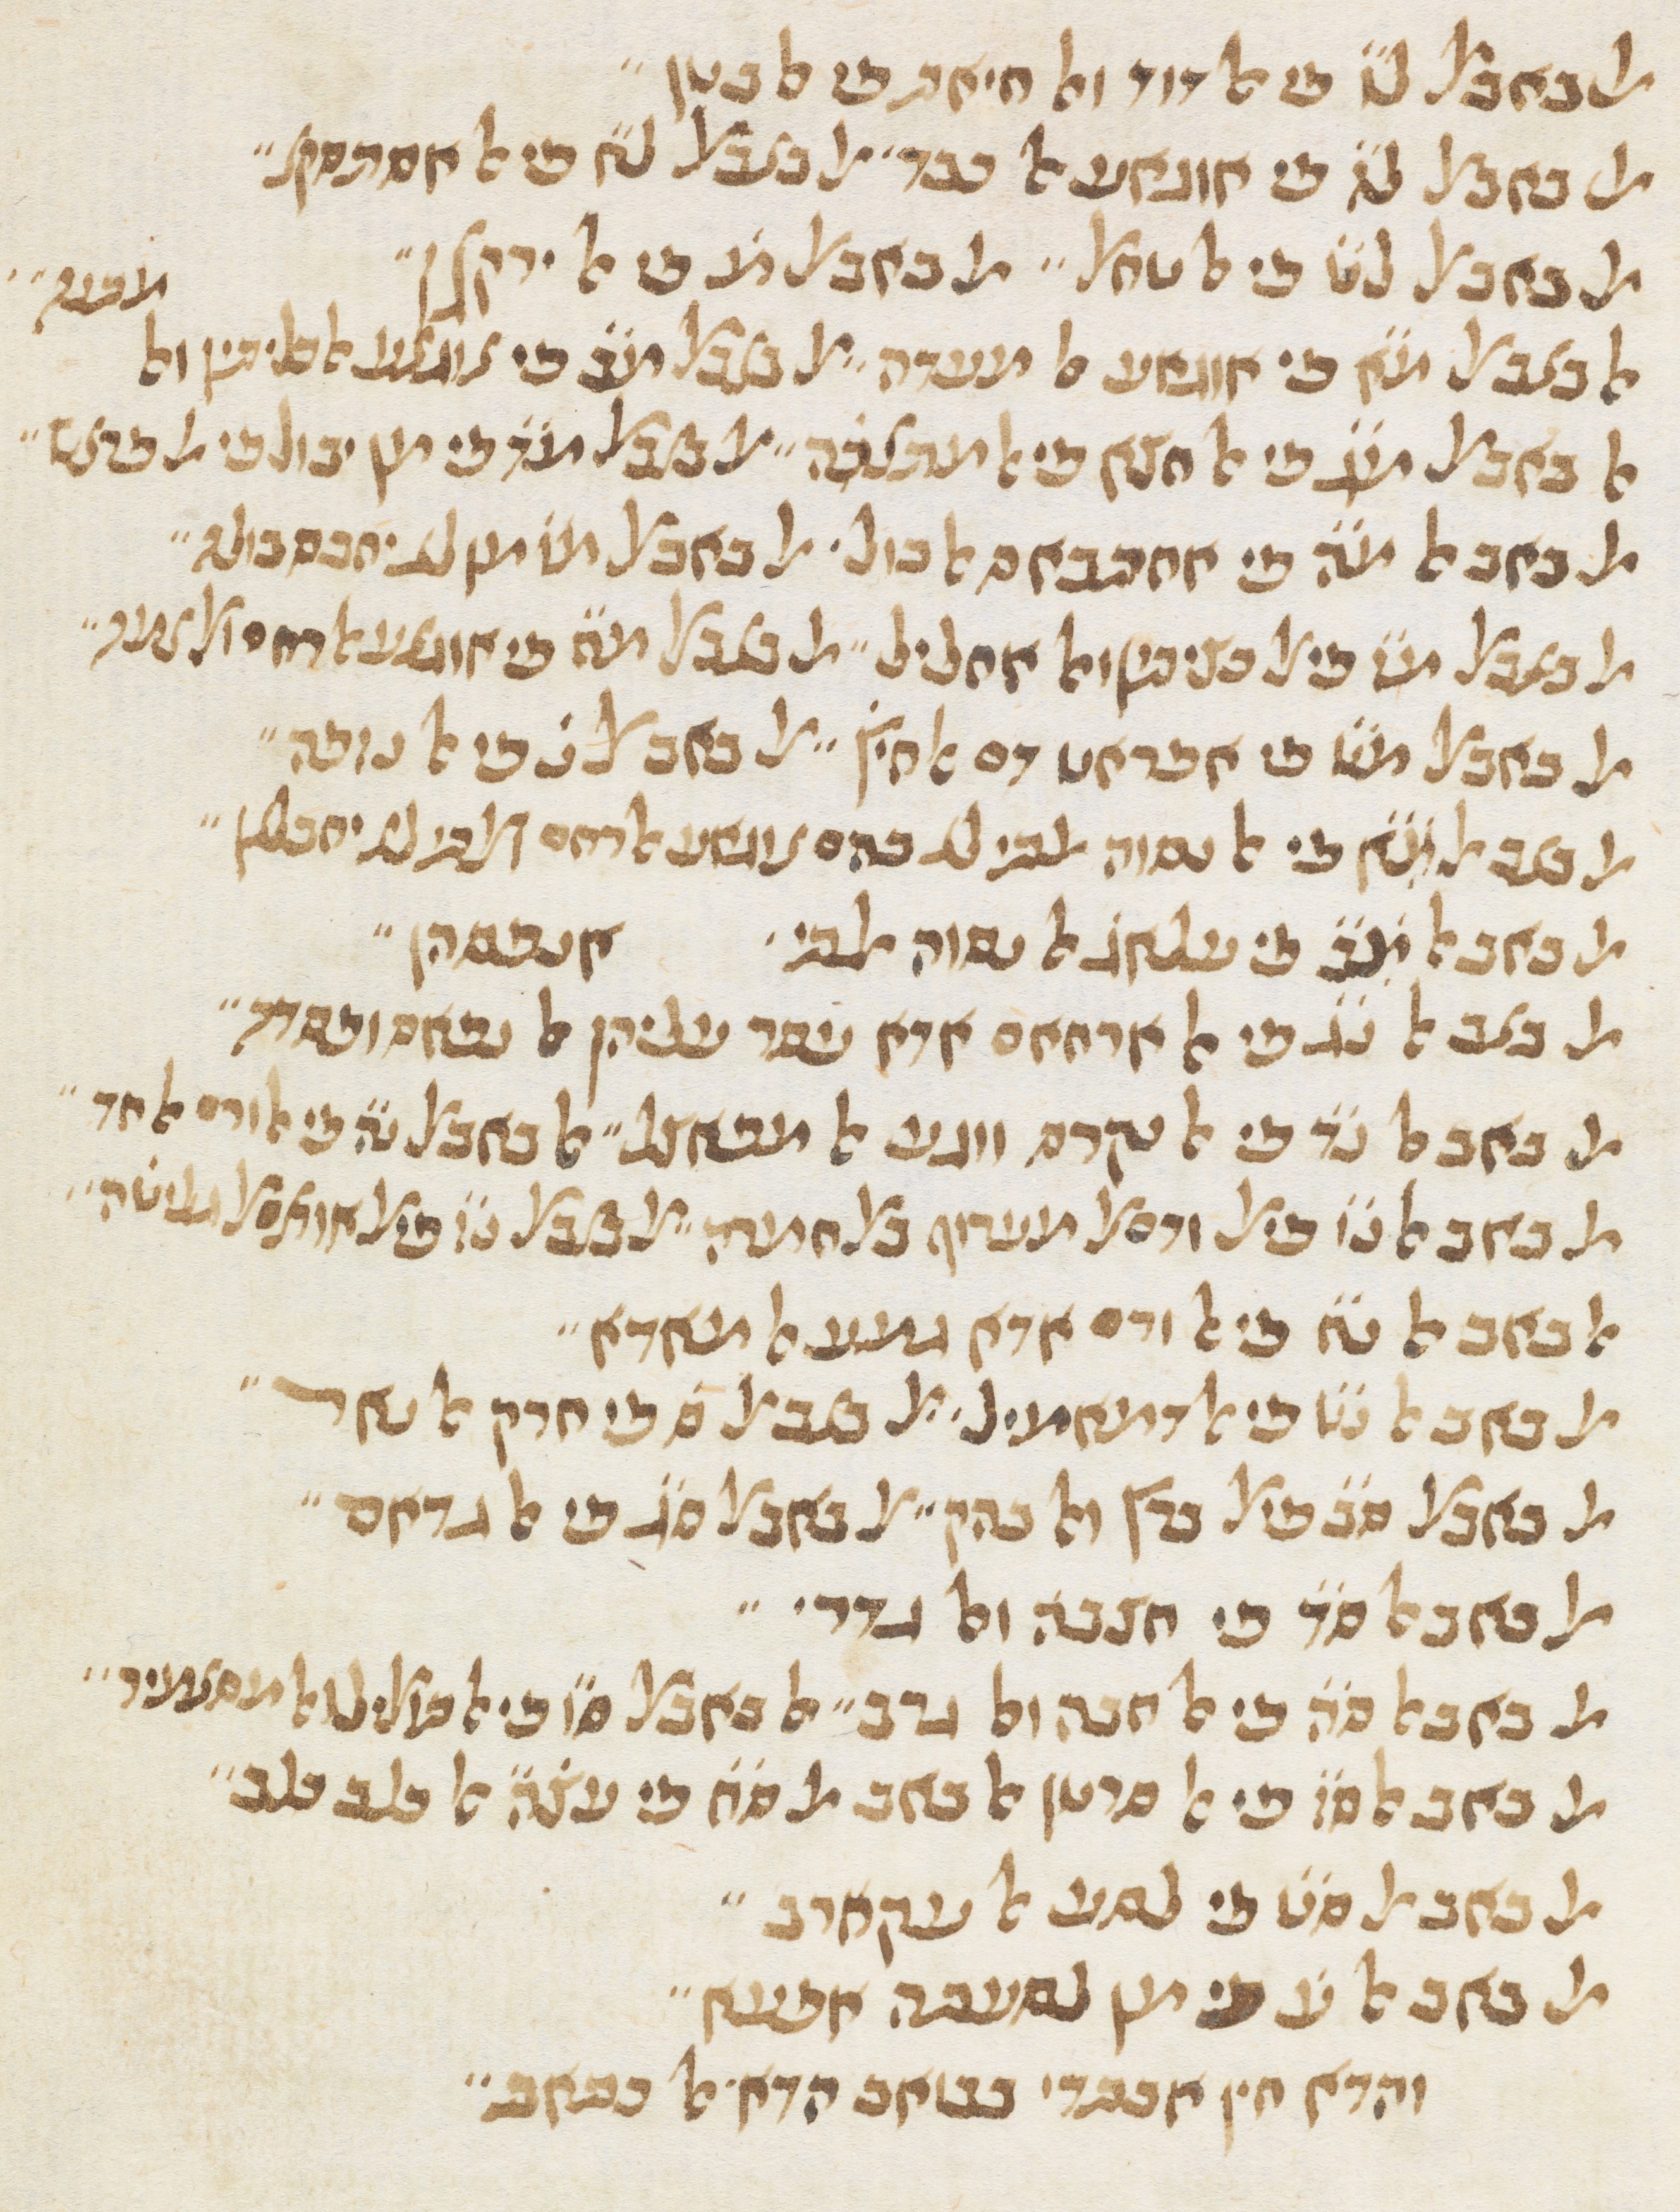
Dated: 1413–1413